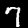
Label: 7